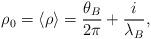
LaTeX: \begin{align*}\rho_0 = \langle\rho\rangle = {\theta_B\over 2\pi} + {i\over\lambda_B},\end{align*}